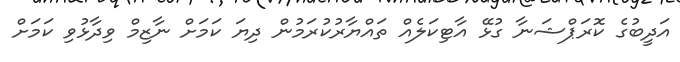
އަދީބުގެ ކޮރަޕްޝަނާ ގުޅޭ އާޓިކަލެއް ތައްޔާރުކުރަމުން ދިޔަ ކަމަށް ނާޒިމް ވިދާޅުވި ކަމަށް